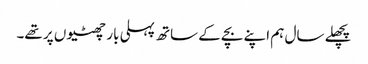
پچھلے سال ہم اپنے بچے کے ساتھ پہلی بار چھٹیوں پر تھے۔